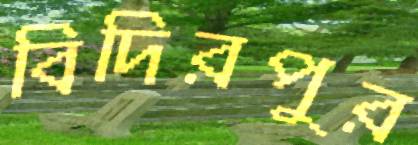
বিদিরপুর